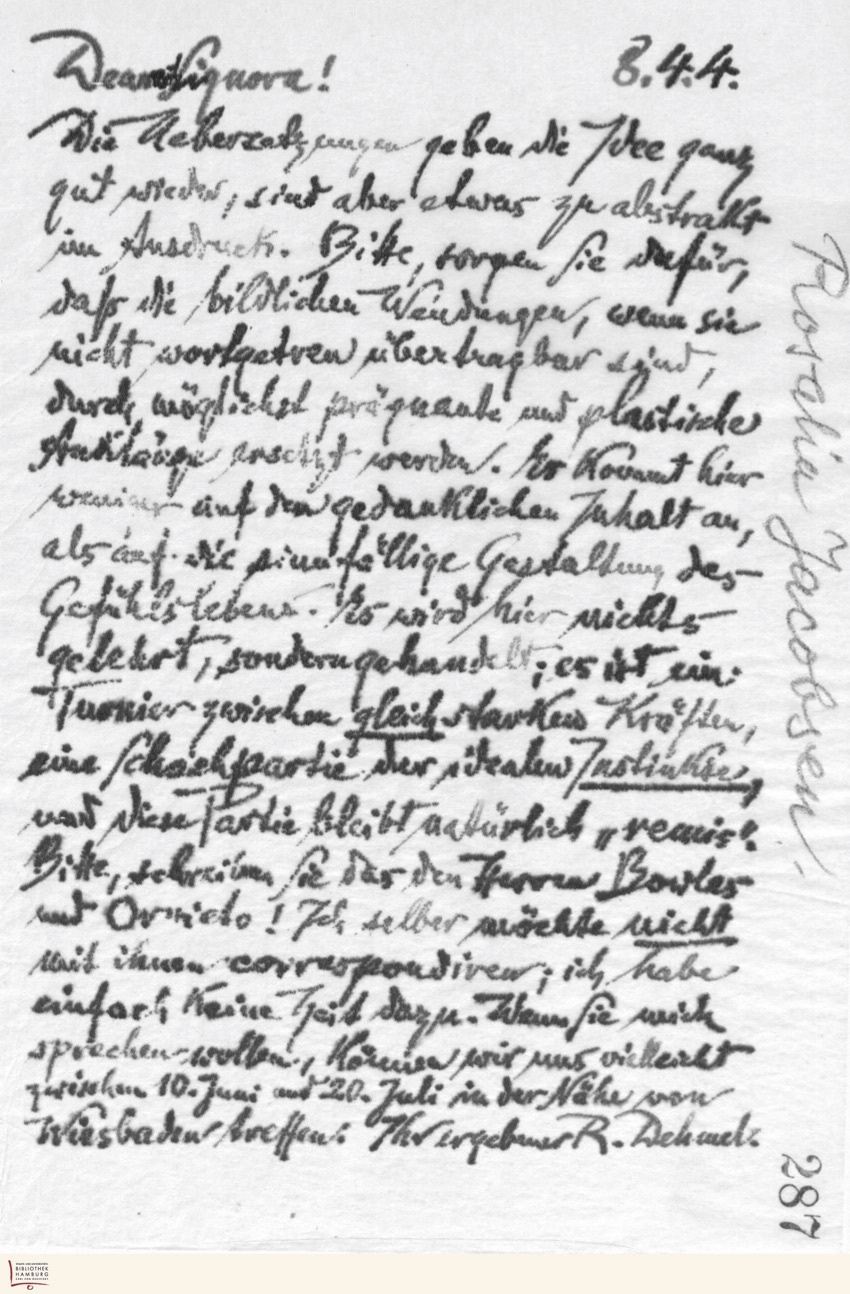
8.4.4.
Dearest Signora!
Die Uebersetzungen geben die Idee ganz
gut wieder, sind aber etwas zu abstrakt
im Ausdruck. Bitte sorgen Sie dafür,
daß die bildlichen Wendungen, wenn sie
nicht wortgetreu übertragbar sind,
durch möglichst prägnante und plastische
Anklänge ersetzt werden. Es kommt hier
weniger auf den gedanklichen Inhalt an,
als auf die sinnfällige Gestaltung, des
Gefühlslebens. Es wird hier nichts
gelehrt, sondern gehandelt; es ist ein
Turnier zwischen gleichstarken Kräften,
eine Schachpartie der idealen Instinkte,
nur diese Partie bleibt natürlich „remis".
Bitte, schreiben Sie das den Herren Bowles
und Ornieto! Ich selber möchte nicht
mit ihnen correspondiren; ich habe
einfach keine Zeit dazu. Wenn Sie mich
sprechen wollen, können wir uns vielleicht
zwischen 10. Juni und 20. Juli in der Nähe von
Wiesbaden treffen. Ihr ergebener R. Dehmel.